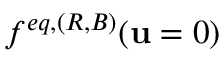
f ^ { e q , ( R , B ) } ( \mathbf { u } = 0 )